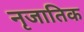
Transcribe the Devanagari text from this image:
नृजातिक